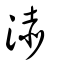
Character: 浾